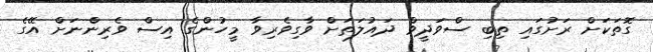
ގޮތަކަށް ރަށުގައި ތިބި ސްވަދީވް ދައުލަަތަށް ވާގިވެރިވާ މީހުންގެ އިސް ވެރިންނަށް އޭގެ